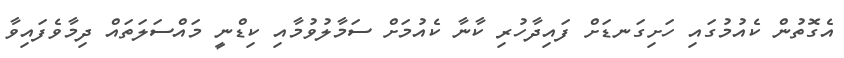
އެގޮތުން ކެއުމުގައި ހަށިގަނޑަށް ފައިދާހުރި ކާނާ ކެއުމަށް ސަމާލުވުމާއި ކިޑްނީ މައްސަލަތައް ދިމާވެފައިވާ